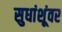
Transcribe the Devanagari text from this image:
सुधांशूंवर